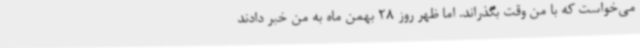
می‌خواست که با من وقت بگذراند. اما ظهر روز 28 بهمن ماه به من خبر دادند